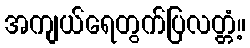
အကျယ်ရေတွက်ပြလတ္တံ့။